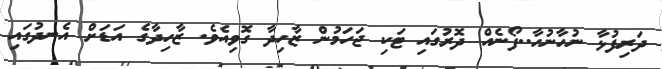
ދަރިފުޅާ ނުހާނުހާ..ފޯނެއް ދޮރުގައި ޓަކި ޖަހަމުން ޒާހިދާ ގޮވިއެވެ. ޒާހިދާގެ އަޑަށް އެނދުގައި